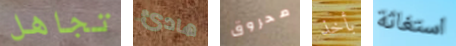
تجاهل هادئ محروق بأخذ استغاثة